Annual statistical returns and brief notes on vaccination in Bengal - 1887-1898
Year: 1887
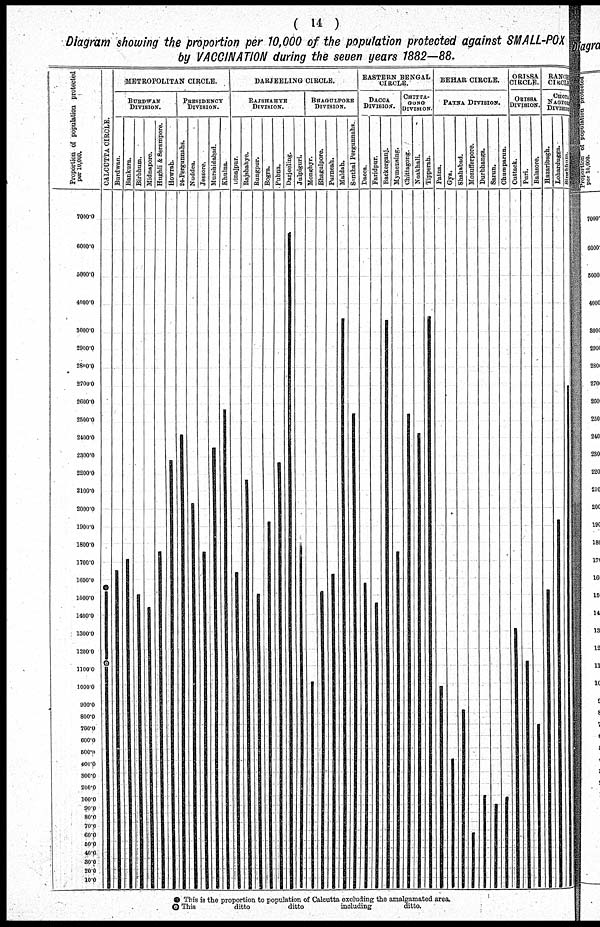
( 14 )
Diagram showing the proportion per 10,000 of the population protected against SMALL-POX
by VACCINATION during the seven years
1882—88.